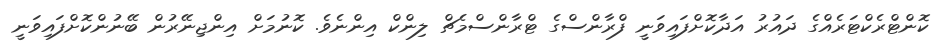
ކޮންޓްރެކްޓަރެއްގެ ދައުރު އަދާކޮށްފައިވަނީ ފްރާންސްގެ ޓްރާންސްމެޗް ލިންކް އިންނެވެ. ކޮނުމަށް އިންޖިނޭރުން ބޭނުންކޮށްފައިވަނީ